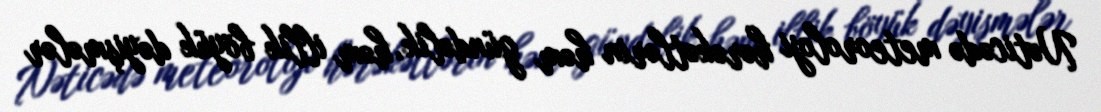
Nəticədə meteoroloji hərəkətlərin həm gündəlik, həm illik böyük dəyişmələr